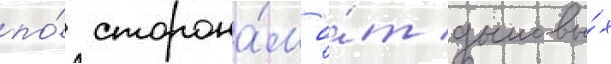
по́ сторона́м о́т дымовы́х